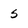
Character: 5